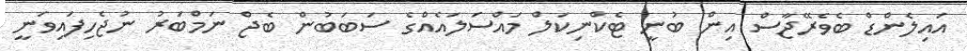
އައިލެންޑް ބެވެރޭޖާސް އިން ބުނީ ޓެކްނިކަލް މައްސަލައެއްގެ ސަބަބުން ބެޖް ނަމްބަރު ނުޖެހިފައިވަނީ